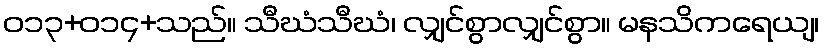
ဝ၁၃+၀၁၄+သည်။ သီဃံသီဃံ၊ လျှင်စွာလျှင်စွာ။ မနသိကရေယျ၊